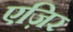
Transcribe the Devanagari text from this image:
एज़िर